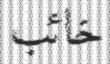
خائب